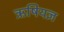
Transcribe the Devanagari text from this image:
ऋषियज्ञ